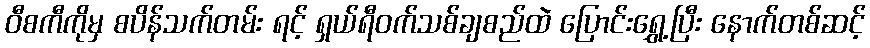
ဝီစကီကိုမှ စပိန်သက်တမ်း ရင့် ရှယ်ရီဝက်သစ်ချစည်ထဲ ပြောင်းရွှေ့ပြီး နောက်တစ်ဆင့်